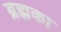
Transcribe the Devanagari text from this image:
ब्रह्मका